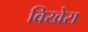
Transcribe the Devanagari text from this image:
विखेरा